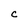
Character: C